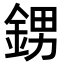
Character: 𨦻